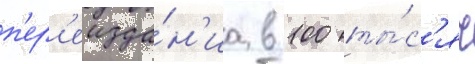
п'ер'еизда́н'иа в 100 ты́с'яч